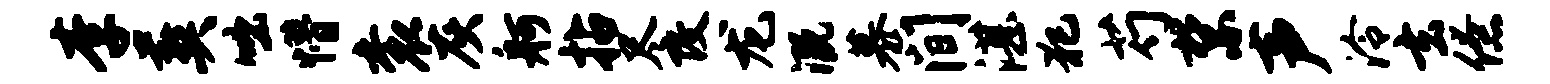
李葬咄懵衮灰舸拈尽改龙溉慕间湛犯芍禁声泠玄僚